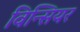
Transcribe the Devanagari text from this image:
विन्सियर